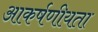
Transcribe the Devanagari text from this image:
आकर्षणीयता